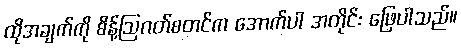
ထိုအချက်ကို စိန့်ဩဂတ်စတင်က အောက်ပါ အတိုင်း ဖြေပါသည်။